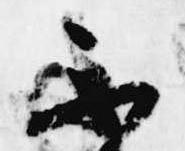
不